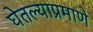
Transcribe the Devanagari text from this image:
घेतल्याप्रमाणे